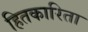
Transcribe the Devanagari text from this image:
हितकारिता